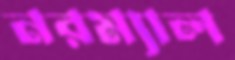
নরম্যাল